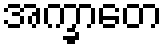
အက္ခာတေ